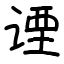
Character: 𬤇